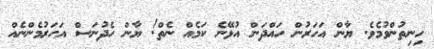
ހިނިތުންވުމެވެ. ޔާން އަހަރުން ހައްދަން އުޅޭނެ ކަމެއް ނެތް! ޔާން ހެދުނަސް އަހަރުމެންނެއް